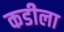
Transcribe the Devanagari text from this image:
कडीला